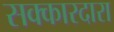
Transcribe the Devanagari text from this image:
सक्कारदारा